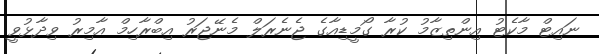
ނައިޓް މާކެޓު އިންތިޒާމު ކުރާ ގޯމީޑިއާގެ ޖެނެރަލް މެނޭޖަރު އިބްރާހިމް އާމިރު ވިދާޅުވީ